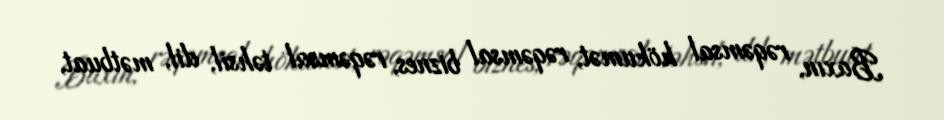
Baxın, rəqəmsal hökumət, rəqəmsal biznes, rəqəmsal təhsil, dil, mətbuat,